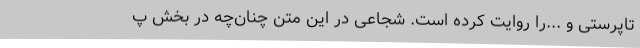
تاپرستی و ...را روایت کرده است. شجاعی در این متن چنان‌چه در بخش پ